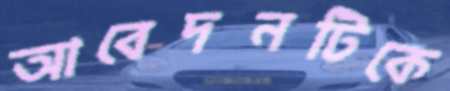
আবেদনটিকে